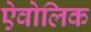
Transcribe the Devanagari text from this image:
ऐवोलिक